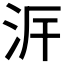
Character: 𣳙